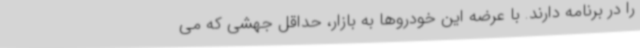
را در برنامه دارند. با عرضه این خودروها به بازار، حداقل جهشی که می